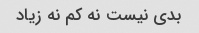
بدى نیست نه کم نه زیاد